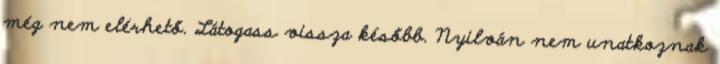
még nem elérhető. Látogass vissza később. Nyilván nem unatkoznak